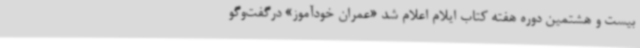
بیست و هشتمین دوره هفته کتاب ایلام اعلام شد «عمران خودآموز» درگفت‌وگو